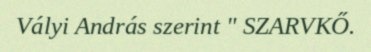
Vályi András szerint " SZARVKŐ.